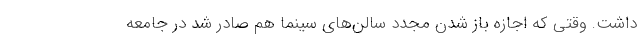
داشت. وقتی که اجازه باز شدن مجدد سالن‌های سینما هم صادر شد در جامعه